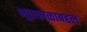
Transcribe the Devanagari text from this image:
भूतकाळाबद्दल